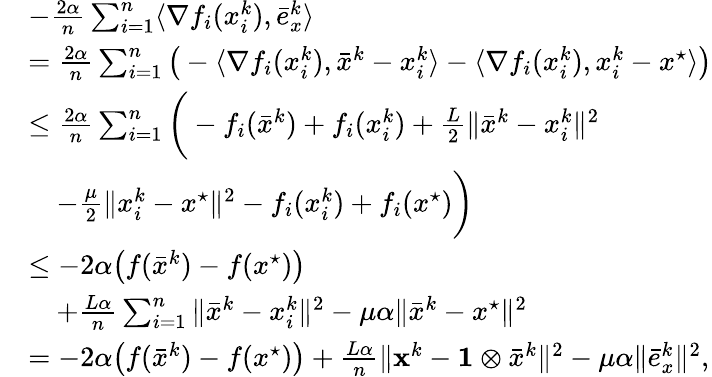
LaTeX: \begin{array}{rl}&{-\frac{2\alpha}{n}\textstyle\sum_{i=1}^{n}\langle\nabla f_{i}(x_{i}^{k}),\bar{e}_{x}^{k}\rangle}\\ &{=\frac{2\alpha}{n}\textstyle\sum_{i=1}^{n}\big(-\langle\nabla f_{i}(x_{i}^{k}),\bar{x}^{k}-x_{i}^{k}\rangle-\langle\nabla f_{i}(x_{i}^{k}),x_{i}^{k}-x^{\star}\rangle\big)}\\ &{\leq\frac{2\alpha}{n}\textstyle\sum_{i=1}^{n}\bigg(-f_{i}(\bar{x}^{k})+f_{i}(x_{i}^{k})+\frac{L}{2}\| \bar{x}^{k}-x_{i}^{k}\| ^{2}}\\ &{\quad-\frac{\mu}{2}\| x_{i}^{k}-x^{\star}\| ^{2}-f_{i}(x_{i}^{k})+f_{i}(x^{\star})\bigg)}\\ &{\leq-2\alpha\big(f(\bar{x}^{k})-f(x^{\star})\big)}\\ &{\quad+\frac{L\alpha}{n}\textstyle\sum_{i=1}^{n}\| \bar{x}^{k}-x_{i}^{k}\| ^{2}-\mu\alpha\| \bar{x}^{k}-x^{\star}\| ^{2}}\\ &{=-2\alpha\big(f(\bar{x}^{k})-f(x^{\star})\big)+\frac{L\alpha}{n}\| {\mathbf{x}}^{k}-\mathbf{1}\otimes\bar{x}^{k}\| ^{2}-\mu\alpha\| \bar{e}_{x}^{k}\| ^{2},}\end{array}